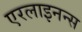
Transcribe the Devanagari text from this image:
एरलाइनन्स